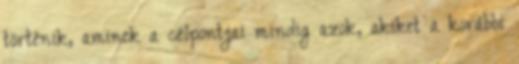
történik, aminek a célpontjai mindig azok, akiket a korábbi